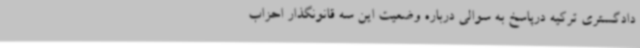
دادگستری ترکیه درپاسخ به سوالی درباره وضعیت این سه قانونگذار احزاب